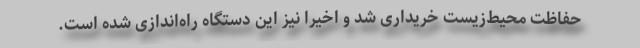
حفاظت محیط‌زیست خریداری شد و اخیرا نیز این دستگاه راه‌اندازی شده است.